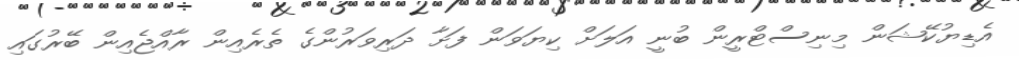
އެޑިޔުކޭޝަން މިނިސްޓްރީން ބުނީ އަލަށް ކިޔަވަން ފަށާ ދަރިވަރުންގެ ތެރެއިން ރާއްޖެއިން ބޭރުގައި